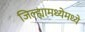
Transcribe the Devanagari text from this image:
जिल्ह्यामध्येमध्ये